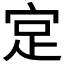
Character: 𪧎